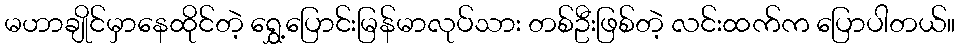
မဟာချိုင်မှာနေထိုင်တဲ့ ရွှေ့ပြောင်းမြန်မာလုပ်သား တစ်ဦးဖြစ်တဲ့ လင်းထက်က ပြောပါတယ်။